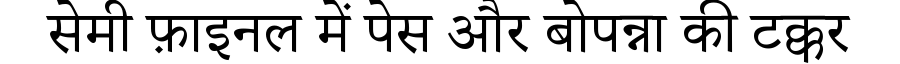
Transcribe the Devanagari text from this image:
सेमी फ़ाइनल में पेस और बोपन्ना की टक्कर